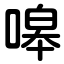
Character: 嗥